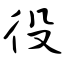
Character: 役